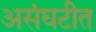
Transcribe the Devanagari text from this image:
असंघटीत